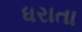
ધરાતા